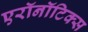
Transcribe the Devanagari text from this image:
एरॉनॉटिक्स